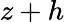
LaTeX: z+h